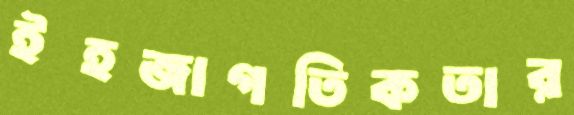
ইহজাগতিকতার